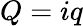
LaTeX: Q=iq